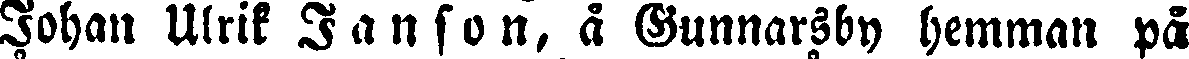
Johan Ulrik Janson, å Gunnarsby hemman på